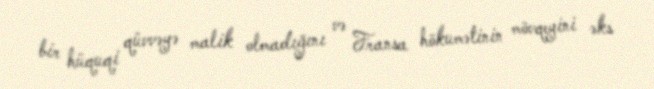
bir hüquqi qüvvəyə malik olmadığını və Fransa hökumətinin mövqeyini əks